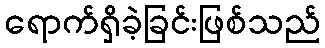
ရောက်ရှိခဲ့ခြင်းဖြစ်သည်